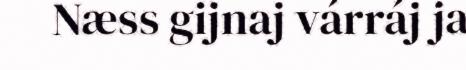
Næss gijnaj várráj ja